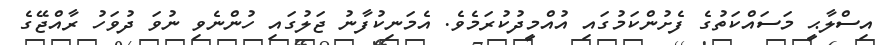
އިސްލާޙީ މަސައްކަތުގެ ފެށުންކަމުގައި އުއްމީދުކުރަމެވެ. އެމަނިކުފާނު ޖަލުގައި ހުންނެވި ނުވަ ދުވަހު ރާއްޖޭގެ